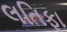
લતિફા